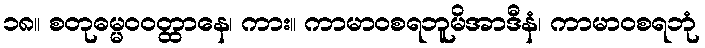
၁၈။ စတုဓမ္မဝဝတ္ထာနေ၊ ကား။ ကာမာဝစရဘူမိအာဒီနံ၊ ကာမာဝစရဘုံ